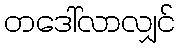
တဒေါ်လာလျှင်